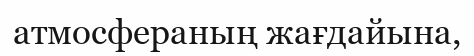
атмосфераның жағдайына,